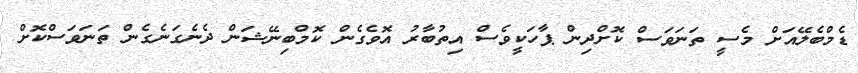
ޑެމްބެލޭއަށް މެސީ ތަނަވަސް ކޮށްދިން ޕާހަކީވެސް އިތުބާރު އޮވެގެން ކޮމްބިނޭޝަން ދެނެގަނެގެން ތަނަވަސްކޮށް